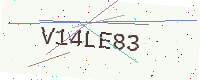
Text: V14LE83